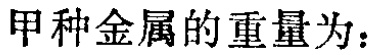
甲种金属的重量为：